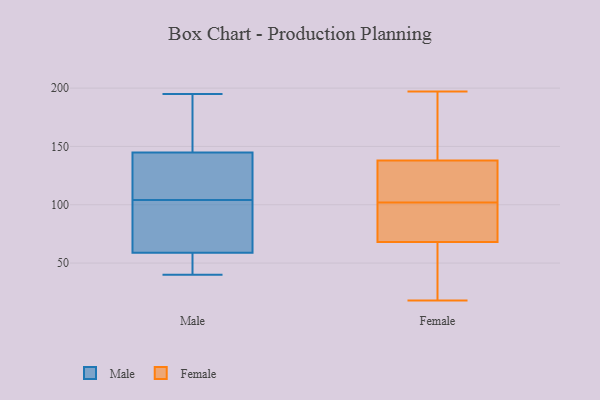
{"axis": {"x": "Humidity (%)", "y": "Value"}, "legend": ["Female", "Male"], "data": [{"x": "", "y": 44, "type": "Male"}, {"x": "", "y": 195, "type": "Male"}, {"x": "", "y": 132, "type": "Male"}, {"x": "", "y": 57, "type": "Male"}, {"x": "", "y": 40, "type": "Male"}, {"x": "", "y": 75, "type": "Male"}, {"x": "", "y": 149, "type": "Male"}, {"x": "", "y": 56, "type": "Male"}, {"x": "", "y": 104, "type": "Male"}, {"x": "", "y": 64, "type": "Male"}, {"x": "", "y": 117, "type": "Male"}, {"x": "", "y": 127, "type": "Male"}, {"x": "", "y": 79, "type": "Male"}, {"x": "", "y": 172, "type": "Male"}, {"x": "", "y": 183, "type": "Male"}, {"x": "", "y": 122, "type": "Female"}, {"x": "", "y": 101, "type": "Female"}, {"x": "", "y": 83, "type": "Female"}, {"x": "", "y": 84, "type": "Female"}, {"x": "", "y": 171, "type": "Female"}, {"x": "", "y": 140, "type": "Female"}, {"x": "", "y": 102, "type": "Female"}, {"x": "", "y": 172, "type": "Female"}, {"x": "", "y": 18, "type": "Female"}, {"x": "", "y": 197, "type": "Female"}, {"x": "", "y": 28, "type": "Female"}, {"x": "", "y": 109, "type": "Female"}, {"x": "", "y": 43, "type": "Female"}, {"x": "", "y": 63, "type": "Female"}, {"x": "", "y": 132, "type": "Female"}]}